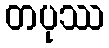
တပုဿ